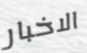
الاخبار